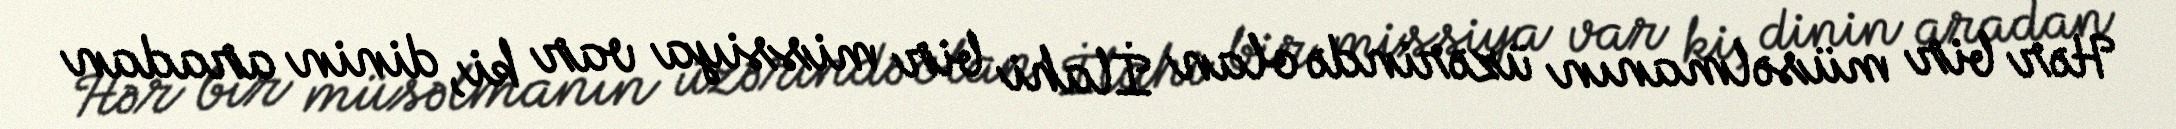
Hər bir müsəlmanın üzərində olan İlahi bir missiya var ki, dinin aradan